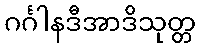
ဂင်္ဂါနဒီအာဒိသုတ္တ